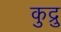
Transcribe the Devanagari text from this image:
कुद्रु